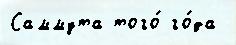
Саммута того́ го́да